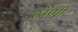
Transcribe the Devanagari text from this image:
ढाँणी